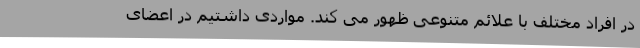
در افراد مختلف با علائم متنوعی ظهور می کند. مواردی داشتیم در اعضای